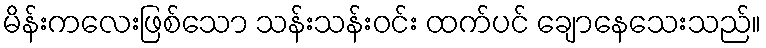
မိန်းကလေးဖြစ်သော သန်းသန်းဝင်း ထက်ပင် ချောနေသေးသည်။